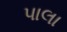
પાલા